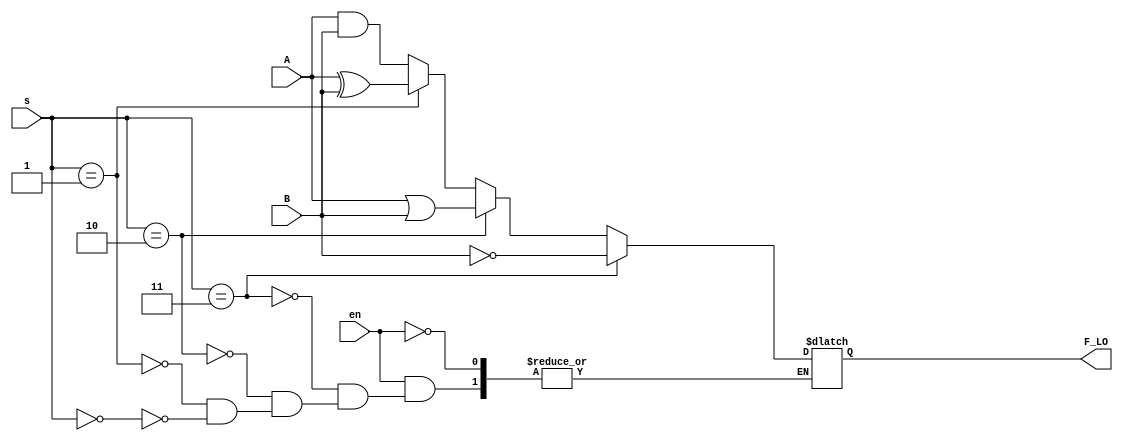
module LOGIC(input  en,input [7:0]A,input [7:0]B,input [1:0]s,
output reg [7:0]F_LO
);
always @(*)
begin
if(en == 1'b1)begin
	if(s[1:0] == 2'b00)
	begin
	F_LO <= A&B;
	end
	if(s[1:0] == 2'b01)
	begin
	F_LO <= A^B;
	end
	if(s[1:0] == 2'b10)
	begin
	F_LO <= A|B;
	end
	if(s[1:0] == 2'b11)
	begin
	F_LO <= ~B;
	end
end
end
endmodule